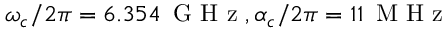
\omega _ { c } / 2 \pi = 6 . 3 5 4 \, \textrm { G H z } , \alpha _ { c } / 2 \pi = 1 1 \, \textrm { M H z }